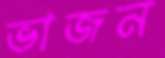
ভাজন